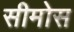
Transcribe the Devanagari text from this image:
सीमोस